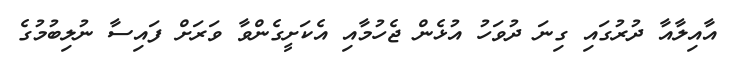
އާއިލާއާ ދުރުގައި ގިނަ ދުވަހު އުޅެން ޖެހުމާއި އެކަށީގެންވާ ވަރަށް ފައިސާ ނުލިބުމުގެ